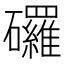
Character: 𥗴